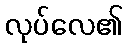
လုပ်လေ၏